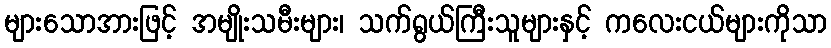
များသောအားဖြင့် အမျိုးသမီးများ၊ သက်ရွယ်ကြီးသူများနှင့် ကလေးငယ်များကိုသာ